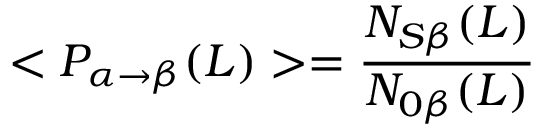
< P _ { \alpha \rightarrow \beta } ( L ) > = { \frac { N _ { S \beta } ( L ) } { N _ { 0 \beta } ( L ) } }